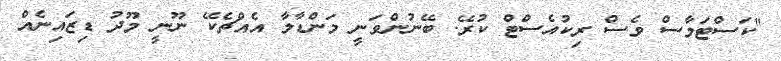
"ކަސްޓަމާސް ވެސް ރިކުއެސްޓް ކުރޭ. ބޭނުންވަނީ މަންޑާލާ އެއްޗެކޭ ނޫނީ މޫދު ޑިޒައިނެއް